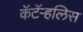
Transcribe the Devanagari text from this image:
कॅटॅर्‍हलिस